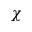
\chi